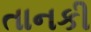
તાનકી